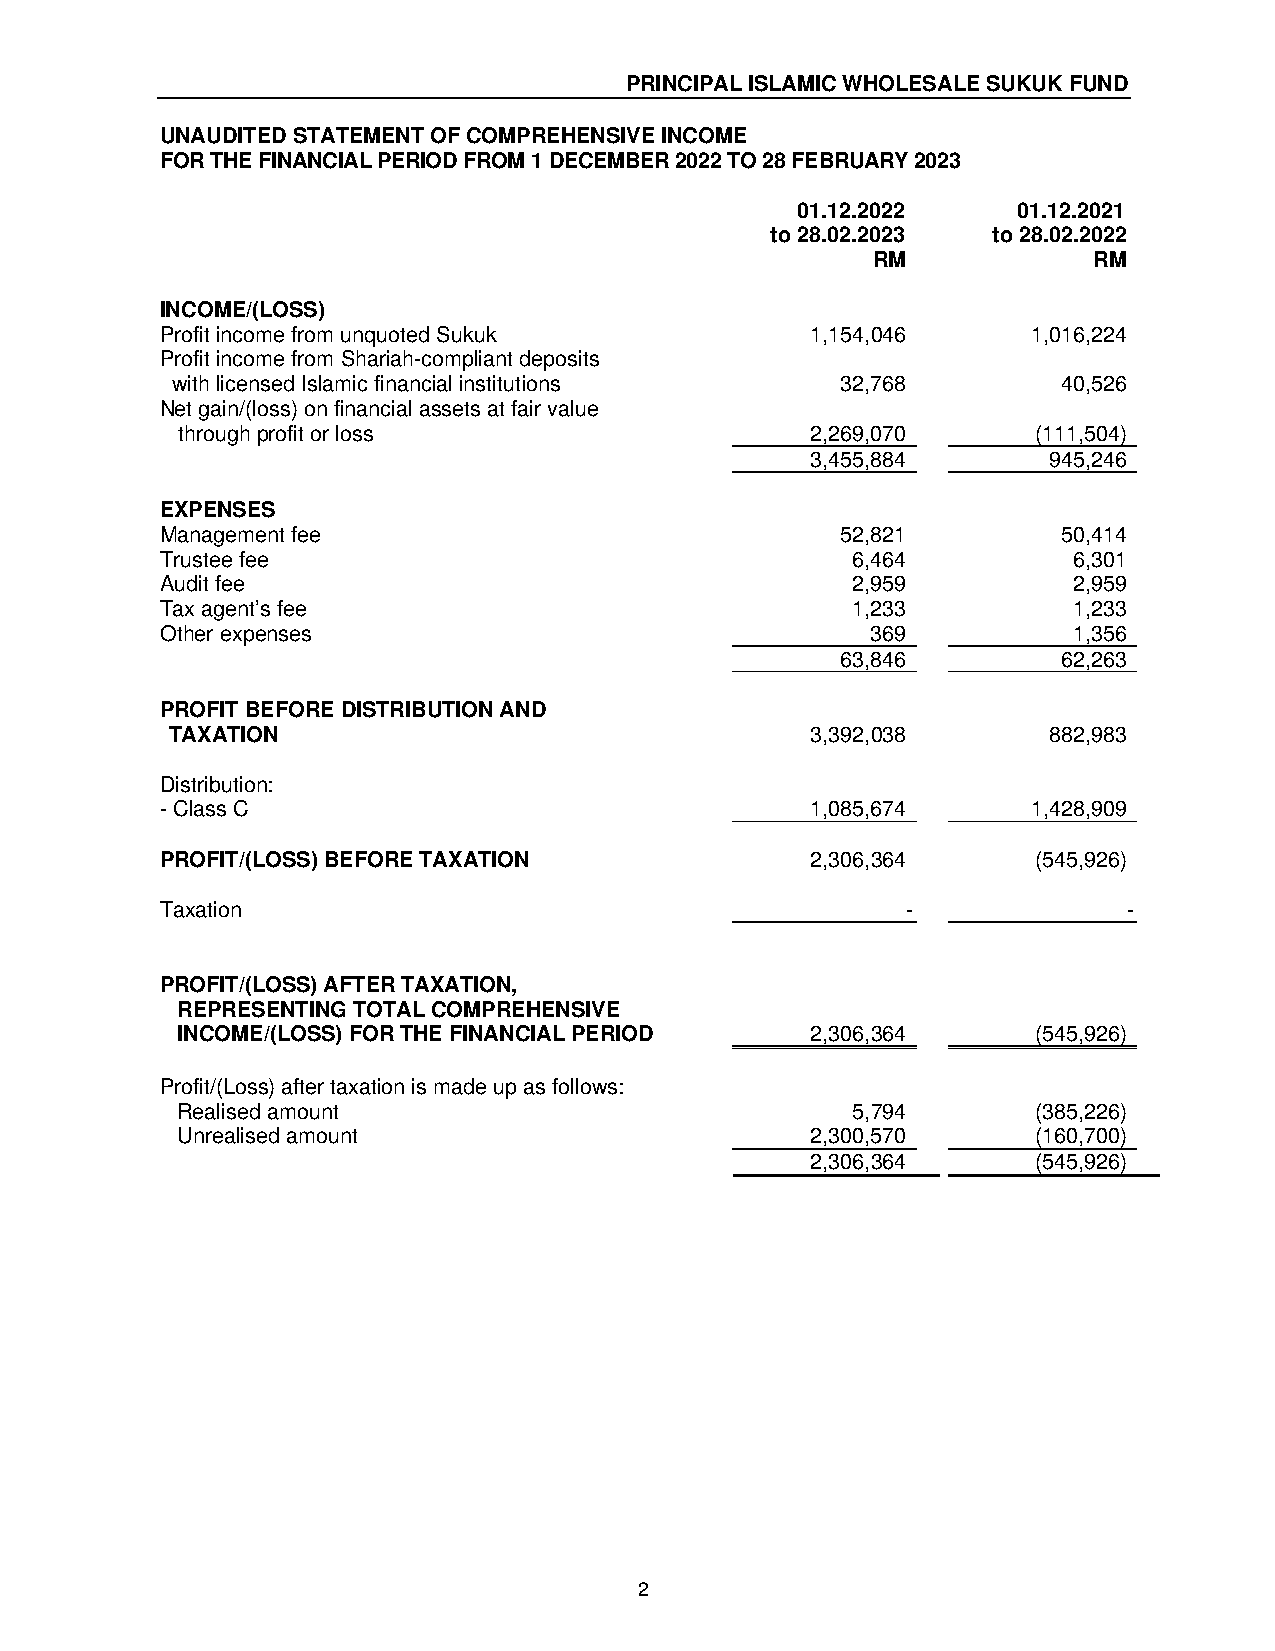
PRINCIPAL ISLAMIC WHOLESALE SUKUK FUND
 UNAUDITED STATEMENT OF COMPREHENSIVE INCOME
 FOR THE FINANCIAL PERIOD FROM 1 DECEMBER 2022 TO 28 FEBRUARY 2023
 01.12.2022    01.12.2021
 to 28.02.2023  to 28.02.2022
 RM            RM
 INCOME/(LOSS)
 Profit income from unquoted Sukuk          1,154,046     1,016,224
 Profit income from Shariah-compliant deposits
 with licensed Islamic financial institutions 32,768        40,526
 Net gain/(loss) on financial assets at fair value
 through profit or loss                    2,269,070      (111,504)
 3,455,884      945,246
 EXPENSES
 Management fee                               52,821        50,414
 Trustee fee                                  6,464          6,301
 Audit fee                                    2,959          2,959
 Tax agent’s fee                              1,233          1,233
 Other expenses                                 369          1,356
 63,846        62,263
 PROFIT BEFORE DISTRIBUTION AND
 TAXATION                                   3,392,038      882,983
 Distribution:
 - Class C                                  1,085,674     1,428,909
 PROFIT/(LOSS) BEFORE TAXATION              2,306,364      (545,926)
 Taxation                                         -              -
 PROFIT/(LOSS) AFTER TAXATION,
 REPRESENTING TOTAL COMPREHENSIVE
 INCOME/(LOSS) FOR THE FINANCIAL PERIOD    2,306,364      (545,926)
 Profit/(Loss) after taxation is made up as follows:
 Realised amount                             5,794        (385,226)
 Unrealised amount                         2,300,570      (160,700)
 2,306,364      (545,926)
 2